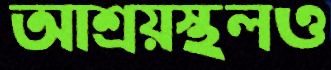
আশ্রয়স্থলও